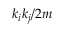
k _ { i } k _ { j } / 2 m